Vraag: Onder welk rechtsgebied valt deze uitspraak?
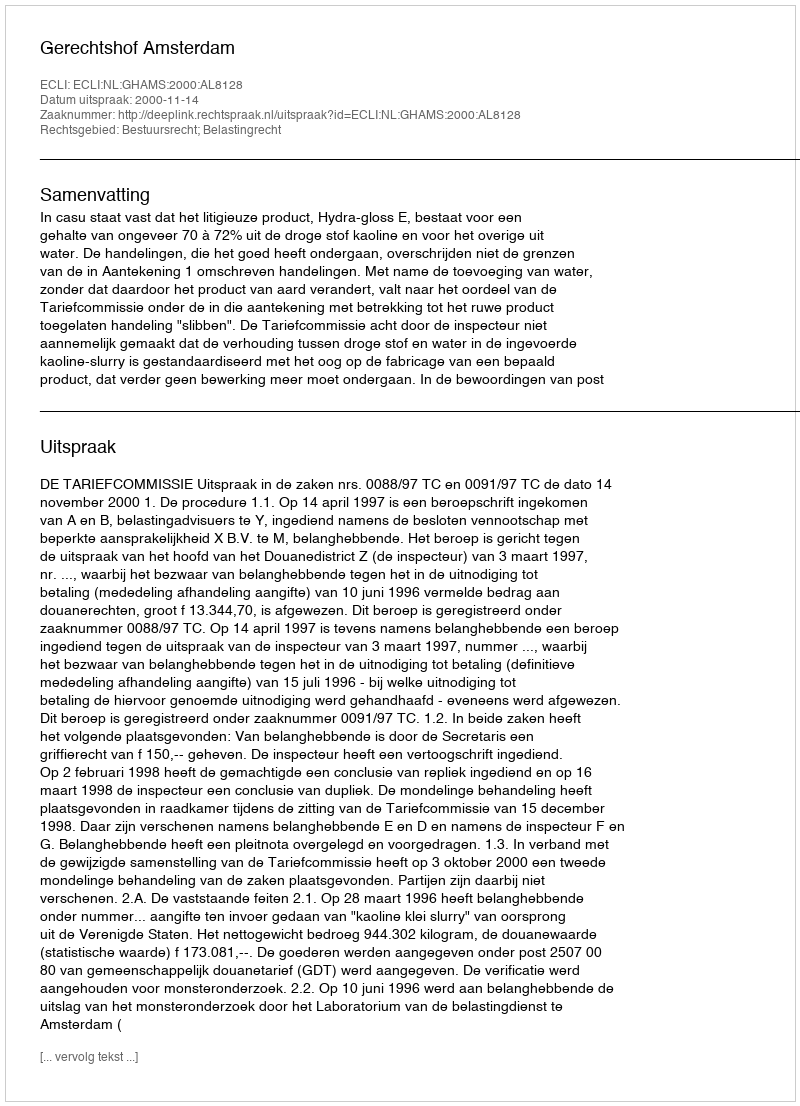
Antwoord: Bestuursrecht; Belastingrecht